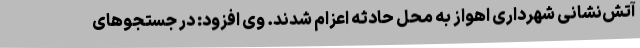
آتش‌نشانی شهرداری اهواز به محل حادثه اعزام شدند. وی افزود: در جستجوهای